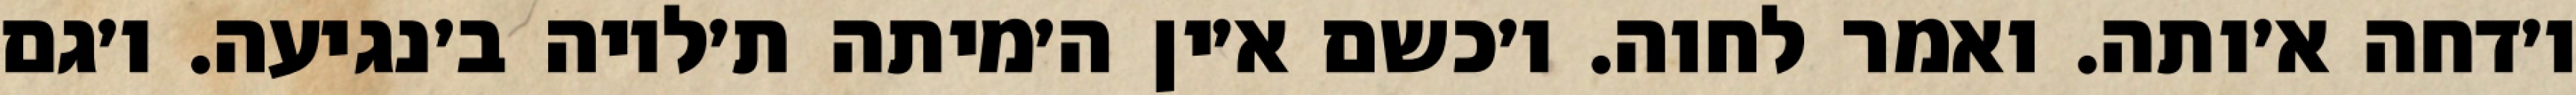
ו׳דחה א׳ותה. ואמר לחוה. ו׳כשם א׳ין ה׳מיתה ת׳לויה ב׳נגיעה. ו׳גם